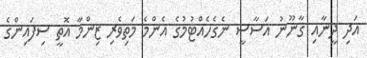
އަދި ދީނާއި ގާނޫނު އަސާސީ ނެގެހެއްޓުމުގެ އެންމެ މަތިވެރި ޒިންމާ އޮތީ ސިފައިންގެ